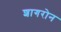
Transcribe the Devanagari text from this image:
शागरोन